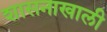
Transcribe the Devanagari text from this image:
शासनाखाली